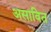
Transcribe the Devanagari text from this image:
असावित